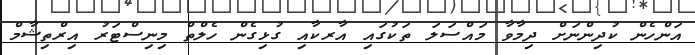
އަންހެން ކުދިންނަށް ދިމާވާ މައްސަލަ ތަކުގައި އާރކާއި ގުޅިގެން ހެލްތް މިނިސްޓަރު އިރްތިޝާމް